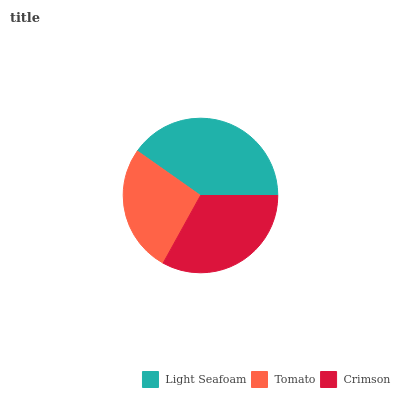
| Light Seafoam | Tomato | Crimson |
 | --- | --- | --- |
 | 40.2% | 26.7% | 33.1% |